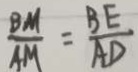
\frac { B M } { A M } = \frac { B E } { A D }